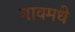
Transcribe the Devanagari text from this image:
गावमधे